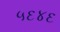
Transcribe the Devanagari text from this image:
५६४६